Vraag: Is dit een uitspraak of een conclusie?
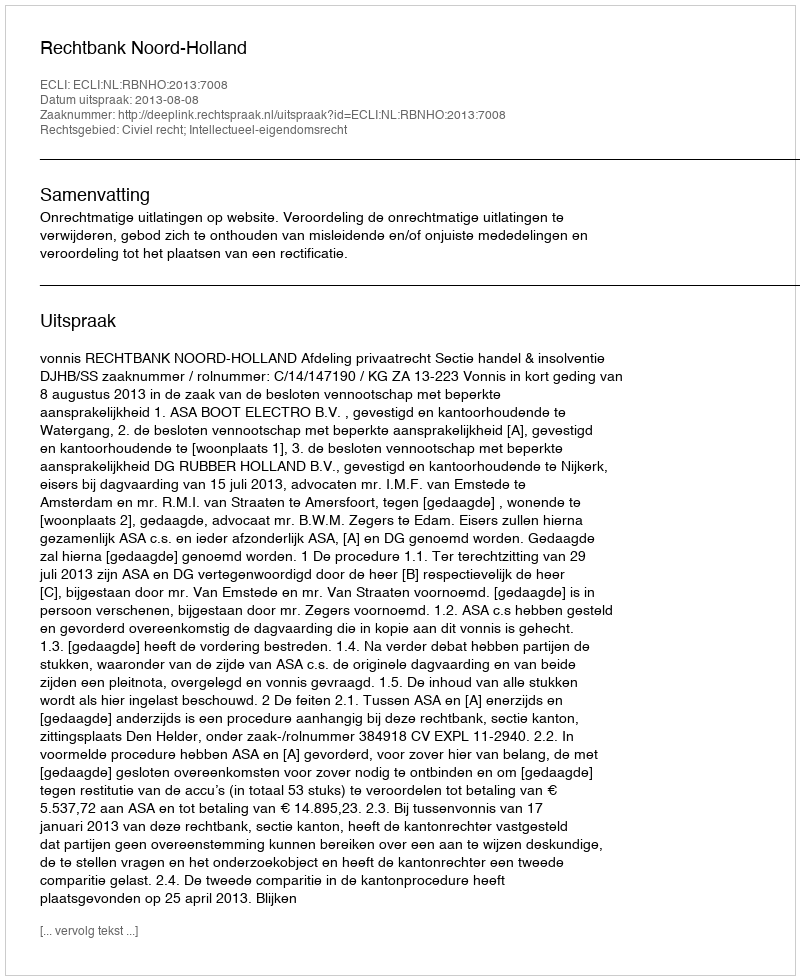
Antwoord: Uitspraak